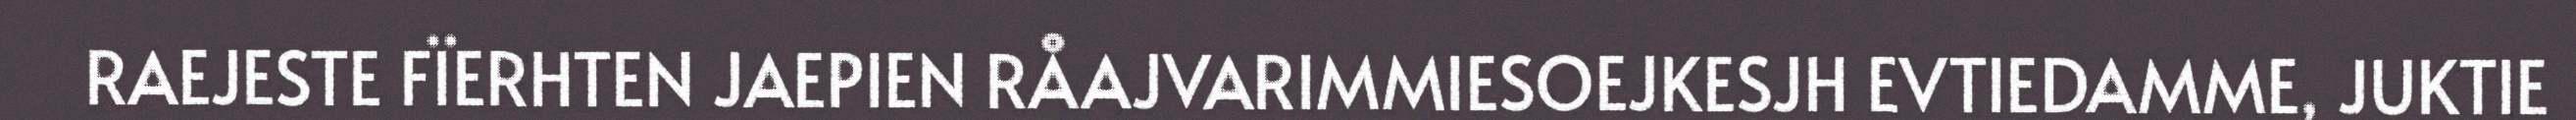
RAEJESTE FÏERHTEN JAEPIEN RÅAJVARIMMIESOEJKESJH EVTIEDAMME, JUKTIE